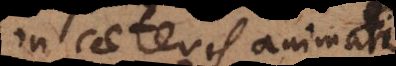
in caeteris animatis